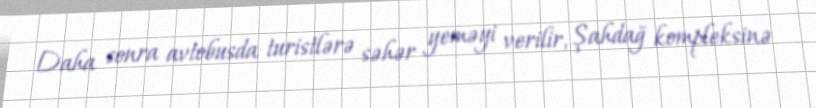
Daha sonra avtobusda turistlərə səhər yeməyi verilir, Şahdağ kompleksinə